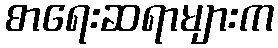
စာရေးဆရာများက